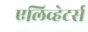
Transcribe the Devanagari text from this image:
एलिव्हेटर्स